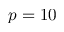
p = 1 0